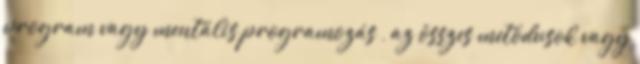
program vagy mentális programozás , az összes metódusok vagy